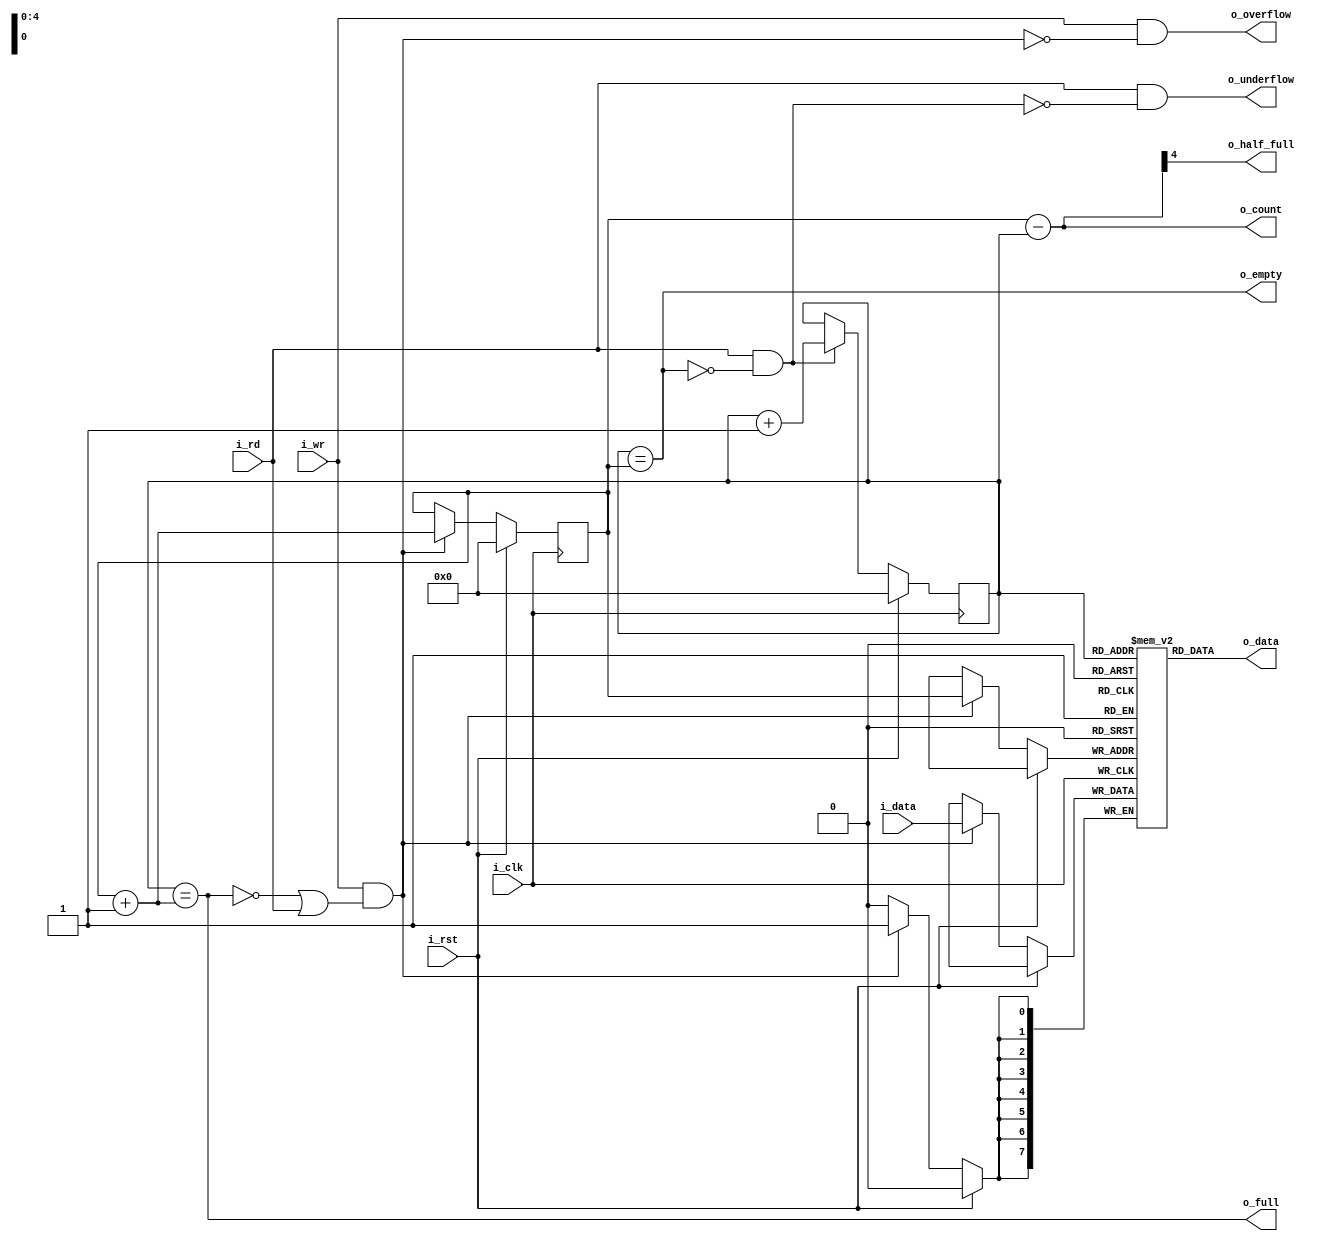
module syncfifo #(
    parameter ADDR_WIDTH = 5,   // Max elements that FIFO can store: (2**ADDR_WIDTH)-1
    parameter DATA_WIDTH = 8
) (
    // SysCon
    input i_clk,
    input i_rst,
    // I/O data
    input [DATA_WIDTH-1:0] i_data,
    output [DATA_WIDTH-1:0] o_data,
    // Control signals
    input i_wr,
    input i_rd,
    // Status
    output [ADDR_WIDTH-1:0] o_count,
    output o_empty,
    output o_full,
    output o_half_full,
    // Error signals
    output o_overflow,
    output o_underflow
);

    localparam DEPTH = (1 << ADDR_WIDTH);

    //
    // Syscon
    //
    wire clk;
    wire rst;
    assign clk = i_clk;
    assign rst = i_rst;

    //
    // Memory
    //
    reg [DATA_WIDTH-1:0] mem [0:DEPTH-1];

    //
    // Pointers
    //
    reg [ADDR_WIDTH-1:0] wr_ptr;
    reg [ADDR_WIDTH-1:0] rd_ptr;
    reg [ADDR_WIDTH-1:0] wr_ptr_next;
    reg [ADDR_WIDTH-1:0] rd_ptr_next;

    //
    // Clocked read/write logic
    //
    always @(posedge clk) begin
        if (rst) begin
            wr_ptr <= {ADDR_WIDTH{1'b0}};
            rd_ptr <= {ADDR_WIDTH{1'b0}};
        end else begin
            if (do_write) begin
                mem[wr_ptr] <= i_data;
                wr_ptr <= wr_ptr_next;
            end
            if (do_read) begin
                rd_ptr <= rd_ptr_next;
            end
        end
    end

    //
    // Read logic
    //
    reg [DATA_WIDTH-1:0] read_data;
    always @(*) begin
        read_data = mem[rd_ptr];
    end

    //
    // Counter increment
    //
    always @(*) begin
        wr_ptr_next = wr_ptr + {{ADDR_WIDTH-1{1'b0}}, 1'b1};
        rd_ptr_next = rd_ptr + {{ADDR_WIDTH-1{1'b0}}, 1'b1};
    end

    //
    // Number of elements currently in fifo
    // 
    reg [ADDR_WIDTH-1:0] count;
    always @(*) begin
        count = wr_ptr - rd_ptr;
    end

    //
    // Status bit generation
    //
    reg do_write;
    reg do_read;
    reg empty;
    reg full;
    reg hfull;
    reg ovfl;
    reg udfl;
    always @(*) begin
        // FIFO is empty when rd_ptr==wr_ptr
        empty = (rd_ptr == wr_ptr);
        // FIFO is full when wr_ptr+1==rd_ptr
        full = (rd_ptr == wr_ptr_next);
        // FIFO is half-full when the MSB of (wr_ptr-rd_ptr) is set
        hfull = count[ADDR_WIDTH-1];

        // Write if i_wr=1, and either o_full=0 or i_rd=1 (so when full=wr=rd=1, FIFO performs read&write and does not overflow)
        do_write = i_wr && (!full || i_rd);
        // Read if i_rd=1 and o_empty=0 (so empty=wr=rd=1 is _not_ OK and generates underflow)
        do_read = i_rd && !empty;
        // Overflow happens when i_wr=1 but do_write=0
        ovfl = i_wr && !do_write;
        // Underflow happens when i_rd=1 but do_read=0
        udfl = i_rd && !do_read;
    end

    // Connect outputs
    assign o_data = read_data;
    assign o_count = count;
    assign o_empty = empty;
    assign o_full = full;
    assign o_half_full = hfull;
    assign o_overflow = ovfl;
    assign o_underflow = udfl;

endmodule